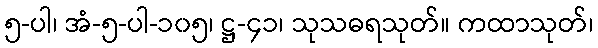
၅-ပါ၊ အံ-၅-ပါ-၁၀၅၊ ဋ္ဌ-၄၁၊ သုသဓရသုတ်။ ကထာသုတ်၊